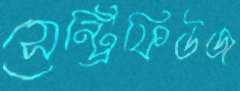
সেন্ট্রিফিউজ